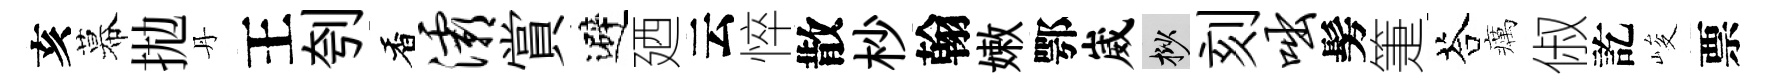
亥幕拋丹王刳香灞賞避廼云悴散杪翰嫩鄂崴挲刻咄髣箑荅癘俶訖峻票